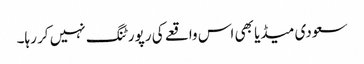
سعودی میڈیا بھی اس واقعے کی رپورٹنگ نہیں کر رہا۔